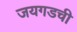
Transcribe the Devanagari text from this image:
जयगडची